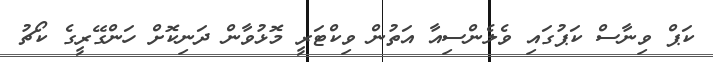
ކަޕް ވިނާސް ކަޕުގައި ވެލެންސިއާ އަތުން ވިކްޓަރީ މޮޅުވާން ދަނިކޮށް ހަންގޭރީގެ ކޯޗު